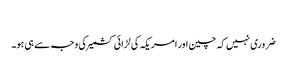
​
ضروری نہیں کہ چین اور امریکہ کی لڑائی کشمیر کی وجہ سے ہی ہو۔